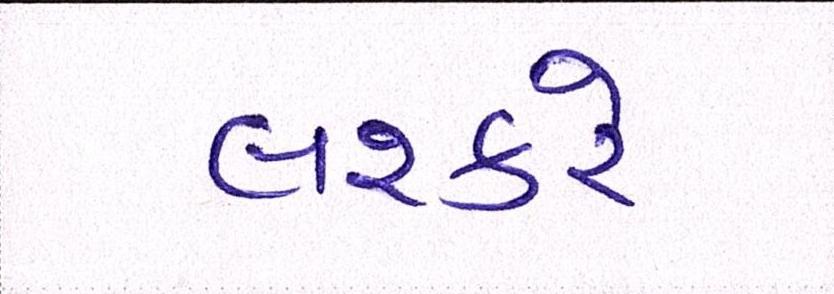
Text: લશ્કરે